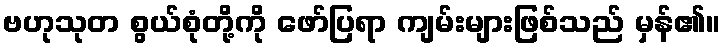
ဗဟုသုတ စွယ်စုံတို့ကို ဖော်ပြရာ ကျမ်းများဖြစ်သည် မှန်၏။